Leprosy in India: report of the Leprosy Commission in India, 1890-91
Year: 1890
Disease focus: Leprosy
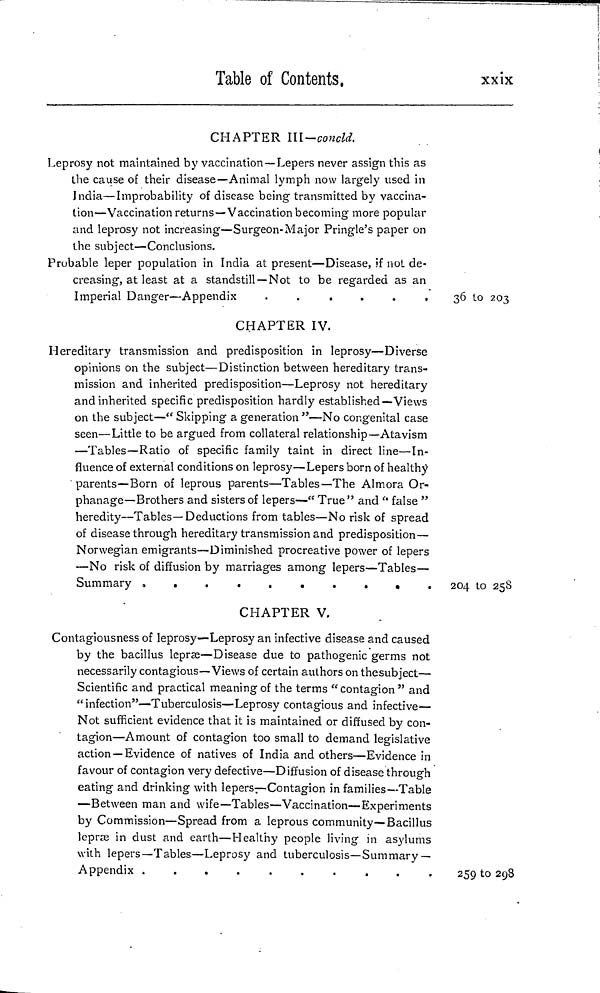
Table of Contents,
xxix
CHAPTER III—concld.
Leprosy not maintained by vaccination —Lepers never assign this as
the cause of their disease—Animal lymph now largely used in
India—Improbability of disease being transmitted by vaccina-
tion—Vaccination returns—Vaccination becoming" more popular
and leprosy not increasing—Surgeon-Major Pringle's paper on
the subject—Conclusions.
Probable leper population in India at present—Disease, if not de-
creasing, at least at a standstill —Not to be regarded as an
Imperial Danger—Appendix
......
CHAPTER IV.
Hereditary transmission and predisposition in leprosy—Diverse
opinions on the subject—Distinction between hereditary trans-
mission and inherited predisposition—Leprosy not hereditary
and inherited specific predisposition hardly established—Views
on the subject—" Skipping a generation "—No congenital case
seen—Little to be argued from collateral relationship—Atavism
—Tables—Ratio of specific family taint in direct line—In-
fluence of external conditions on leprosy—Lepers born of healthy
parents—Born of leprous parents—Tables—The Almora Or-
phanage—Brothers and sisters of lepers—" True" and " false "
heredity—Tables—Deductions from tables—No risk of spread
of disease through hereditary transmission and predisposition—
Norwegian emigrants—Diminished procreative power of lepers
—No risk of diffusion by marriages among lepers—Tables—
Summary
.........
CHAPTER V.
Contagiousness of leprosy—Leprosy an infective disease and caused
by the bacillus leprae—Disease due to pathogenic germs not
necessarily contagious—Views of certain authors on thesubject—
Scientific and practical meaning of the terms " contagion " and
"infection"—Tuberculosis—Leprosy contagious and infective—
Not sufficient evidence that it is maintained or diffused by con-
tagion—Amount of contagion too small to demand legislative
action —Evidence of natives of India and others—Evidence in
favour of contagion very defective—Diffusion of disease through
eating and drinking with lepers—Contagion in families—Table
—Between man and wife—Tables—Vaccination—Experiments
by Commission—Spread from a leprous community—Bacillus
leprae in dust and earth—Healthy people living in asylums
with lepers—Tables—Leprosy and tuberculosis—Summary —
Appendix
..........
36 to 203
204 to 25S
259 to 298